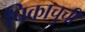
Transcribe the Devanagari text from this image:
पिकाचुची